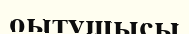
оытушысы